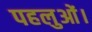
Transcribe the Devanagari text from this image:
पहलुओं।